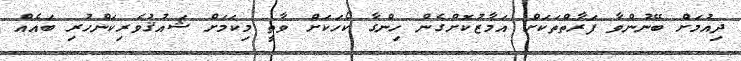
ދިއުމަށް ބޭނުންވާ ފަރާތްތަކަށް އަމާޒުކޮށްގެން ހިންގާ ކޯހަކަށް ވާތީ މިކަމަށް ޝައުޤުވެރިކަންހުރި ބައެއް